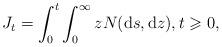
LaTeX: \begin{align*}J_{t}=\int_{0}^{t}\int_{0}^{\infty}zN(\mathrm{d}s,\mathrm{d}z),t\geqslant0,\end{align*}